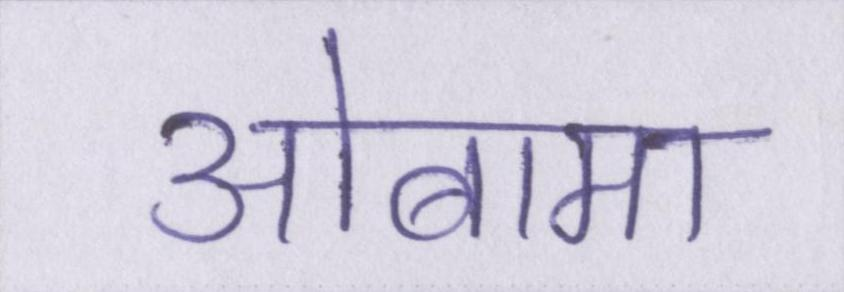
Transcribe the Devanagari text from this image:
ओबामा